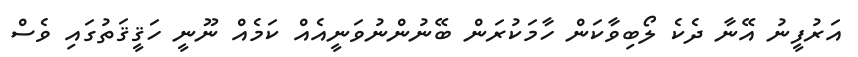
އަރުފީނު އޭނާ ދެކެ ލޯބިވާކަން ހާމަކުރަން ބޭނުންނުވަނީއެއް ކަމެއް ނޫނީ ހަޤީޤަތުގައި ވެސް